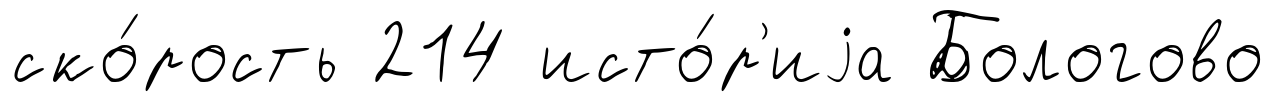
ско́рость 214 исто́р'иjа Бологово